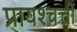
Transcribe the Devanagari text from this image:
प्रायश्चत्तों